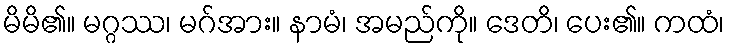
မိမိ၏။ မဂ္ဂဿ၊ မဂ်အား။ နာမံ၊ အမည်ကို။ ဒေတိ၊ ပေး၏။ ကထံ၊